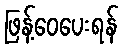
ဖြန့်ဝေပေးရန်